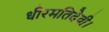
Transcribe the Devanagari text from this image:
धीरमतिदेवी।